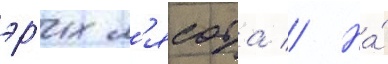
эр'их л'ясота // На́